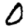
Digit: 0